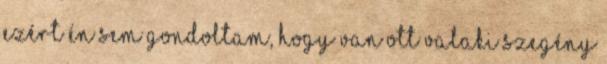
ezért én sem gondoltam, hogy van ott valaki szegény